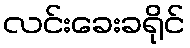
လင်းခေးခရိုင်